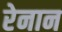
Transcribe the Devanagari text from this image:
रेनान